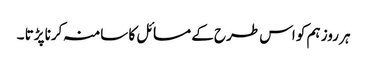
ہر روز ہم کو اس طرح کے مسائل کا سامنہ کرنا پڑتا ۔